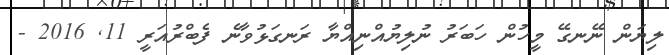
ލިޔަން ނޭނގޭ މީހުން ހަބަރު ނުލިޔުއްނިއްޔާ ރަނގަޅުވާނެ ފެބްރުއަރީ 11